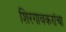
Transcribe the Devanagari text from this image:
शिरगावकरांचा